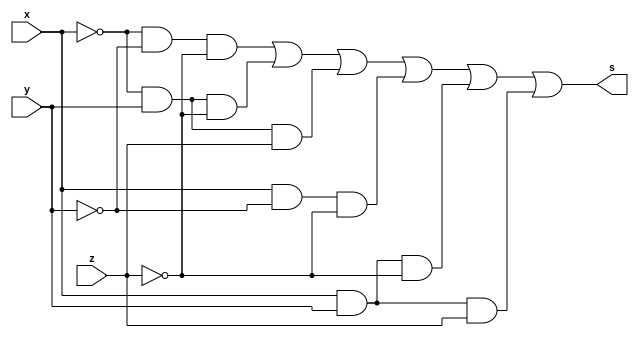
/*
 Guia_0405c.v - v0.0. - 28 / 08 / 2022
 Autor    : Gabriel Vargas Bento de Souza
 Matricula: 778023
 */

/**
 SoP(0, 2, 3, 4, 6, 7)
 */
module SoP (output s,
            input  x, y, z);
   assign s = (~x & ~y & ~z)  // 0
            | (~x &  y & ~z)  // 2
            | (~x &  y &  z)  // 3
            | ( x & ~y & ~z)  // 4
            | ( x &  y & ~z)  // 6
            | ( x &  y &  z);  // 7
endmodule // SoP

/**
 PoS(1, 5)
 */
module PoS (output S,
            input  X, Y, Z);
   assign S = ( X |  Y | ~Z)  // 1
            & (~X |  Y | ~Z); // 5
endmodule // PoS 

/**
  Guia_0405c.v
 */
module Guia_0405c;
   reg  x, y, z;
   wire s, S;
   
   // instancias
   SoP SOP (s, x, y, z);
   PoS POS (S, x, y, z);
   
   // valores iniciais
   initial begin: start
      x=1'bx; y=1'bx; z=1'bx; // indefinidos
   end

   // parte principal
   initial begin: main
      // identificacao
       $display("Gabriel Vargas Bento de Souza - 778023");
       $display("Test boolean expression");
       $display("\n04.a) SoP(0, 2, 3, 4, 6, 7) = PoS(1, 5)\n");

       // monitoramento
       $display(" x  y  z  SoP(0, 2, 3, 4, 6, 7)  PoS(1, 5)");
       $monitor("%2b %2b %2b %12b %15b", x, y, z, s, S);

       // sinalizacao
       #1 x=0; y=0; z=0;
       #1 x=0; y=0; z=1;
       #1 x=0; y=1; z=0;
       #1 x=0; y=1; z=1;
       #1 x=1; y=0; z=0;
       #1 x=1; y=0; z=1;
       #1 x=1; y=1; z=0;
       #1 x=1; y=1; z=1;

   end
endmodule // Guia_0405c